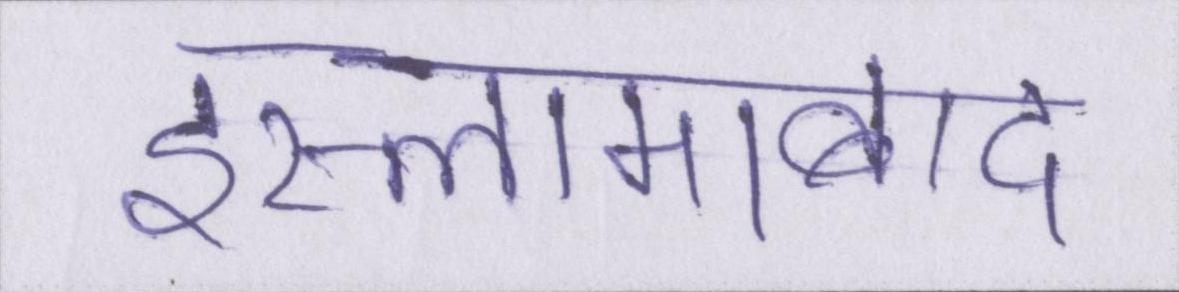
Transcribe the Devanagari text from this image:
इस्लामाबाद